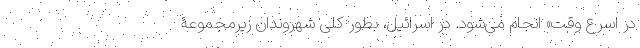
در اسرع وقت» انجام می‌شود. در اسرائیل، بطور کلی شهروندان زیرمجموعۀ